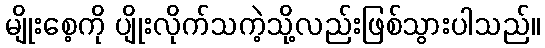
မျိုးစေ့ကို ပျိုးလိုက်သကဲ့သို့လည်းဖြစ်သွားပါသည်။